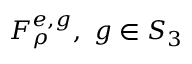
F _ { \rho } ^ { e , g } , \ g \in S _ { 3 }